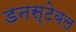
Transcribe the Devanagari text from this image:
डनस्टेबल